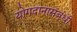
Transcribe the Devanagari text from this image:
योगदानासंबंधी